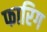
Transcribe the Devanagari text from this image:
फारिग